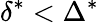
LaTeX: \delta^{*}<\Delta^{*}